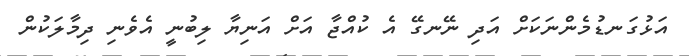
އަޅުގަނޑުމެންނަކަށް އަދި ނޭނގޭ އެ ކުއްޖާ އަށް އަނިޔާ ލިބުނީ އެވެނި ދިމާލަކުން